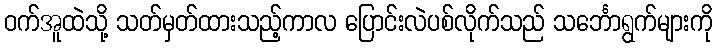
ဝက်အူထဲသို့ သတ်မှတ်ထားသည့်ကာလ ပြောင်းလဲပစ်လိုက်သည် သင်္ဘောရွက်များကို